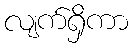
လျက်ရှိကာ